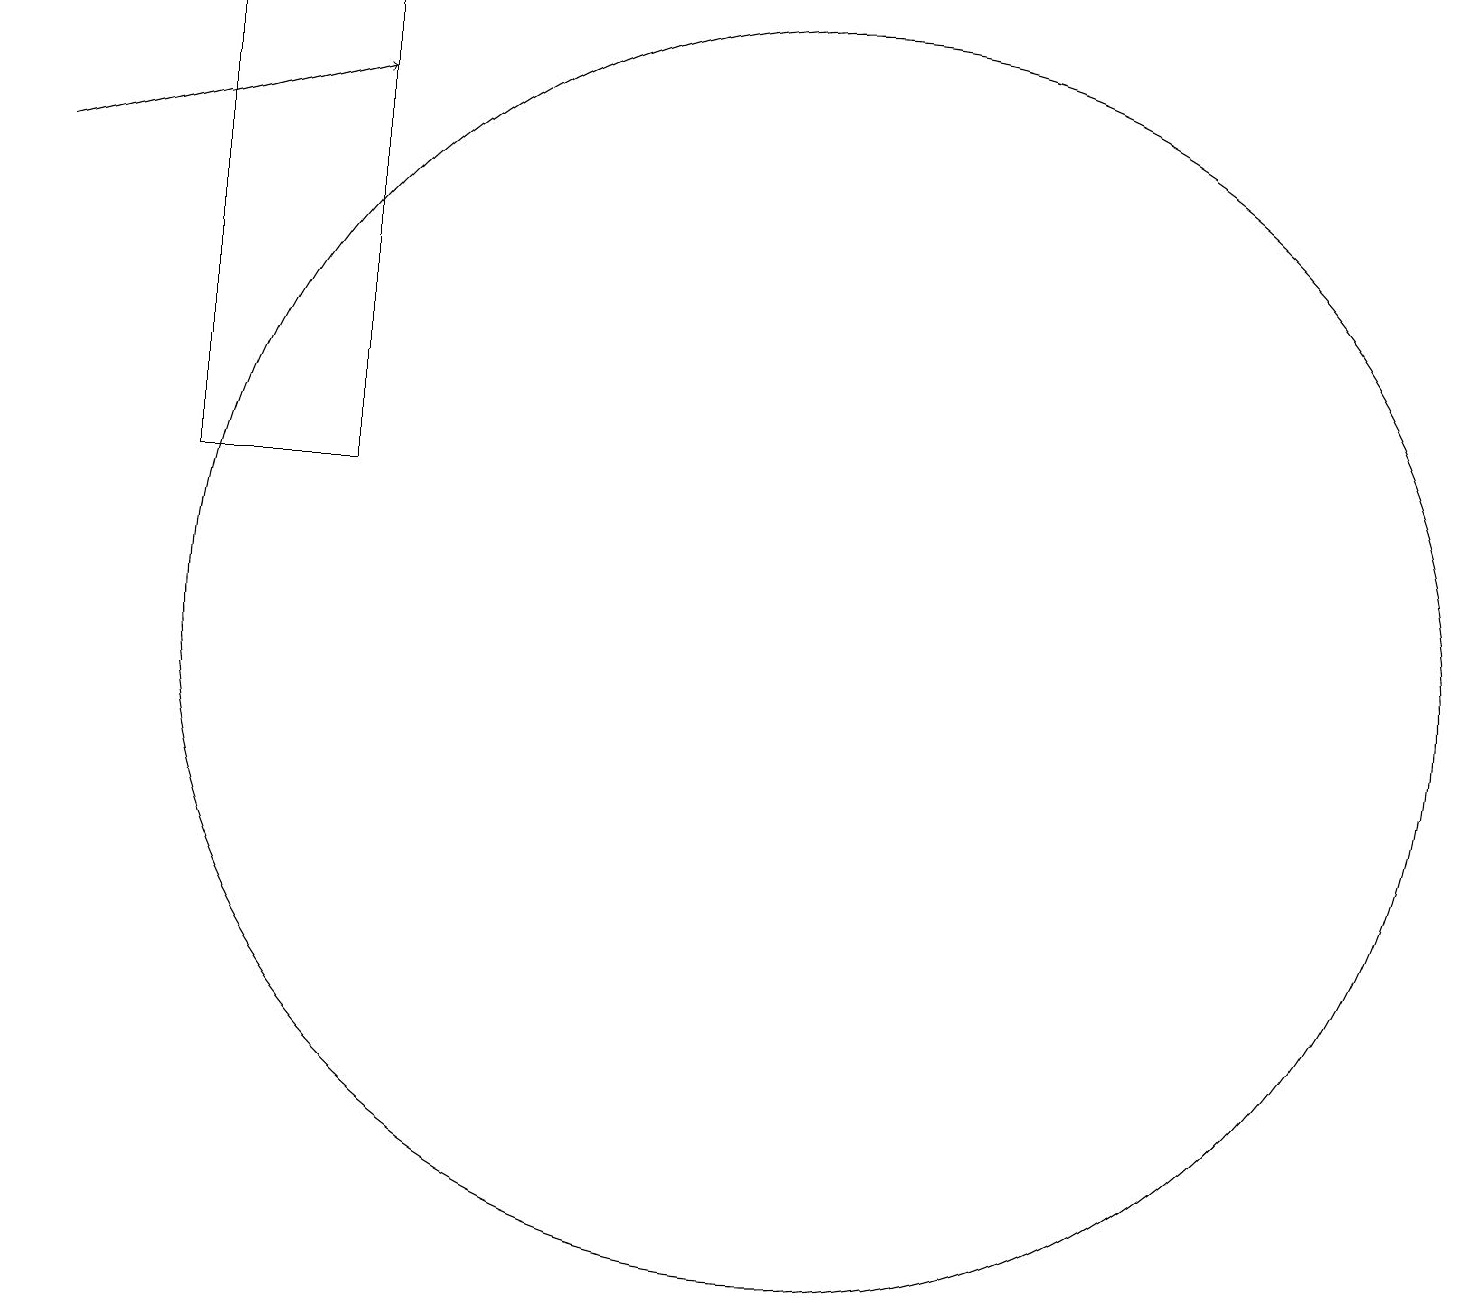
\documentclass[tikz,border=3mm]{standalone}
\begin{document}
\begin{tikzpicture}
\draw[->] (1,17) -- (5,18);
\draw (11,11) circle (8);
\draw (3,19) rectangle (5,13);
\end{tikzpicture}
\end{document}